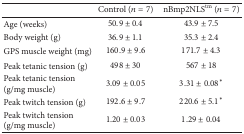
<table><thead><tr><td><b> </b></td><td><b>Control (<i>n</i> = 7)</b></td><td><b>nBmp2NLS<sup>tm</sup> (<i>n</i> = 7)</b></td></tr></thead><tbody><tr><td>Age (weeks)</td><td>50.9 ± 0.4</td><td>43.9 ± 7.5</td></tr><tr><td>Body weight (g)</td><td>36.9 ± 1.1</td><td>35.3 ± 2.4</td></tr><tr><td>GPS muscle weight (mg)</td><td>160.9 ± 9.6</td><td>171.7 ± 4.3</td></tr><tr><td>Peak tetanic tension (g)</td><td>498 ± 30</td><td>567 ± 18</td></tr><tr><td>Peak tetanic tension(g/mg muscle)</td><td>3.09 ± 0.05</td><td>3.31 ± 0.08*</td></tr><tr><td>Peak twitch tension (g)</td><td>192.6 ± 9.7</td><td>220.6 ± 5.1*</td></tr><tr><td>Peak twitch tension(g/mg muscle)</td><td>1.20 ± 0.03</td><td>1.29 ± 0.04</td></tr></tbody></table>